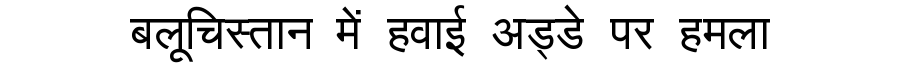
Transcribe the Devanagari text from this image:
बलूचिस्तान में हवाई अड्डे पर हमला